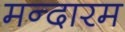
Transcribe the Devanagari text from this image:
मन्दारम